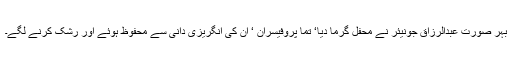
بہر صورت عبدالرزاق جونیئر نے محفل گرما دیا‘ تما پروفیسران ‘ ان کی انگریزی دانی سے محفوظ ہوئے اور رشک کرنے لگے۔